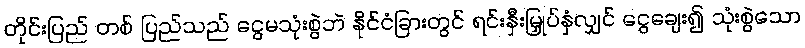
တိုင်းပြည် တစ် ပြည်သည် ငွေမသုံးစွဲဘဲ နိုင်ငံခြားတွင် ရင်းနှီးမြှုပ်နှံလျှင် ငွေချေး၍ သုံးစွဲသော